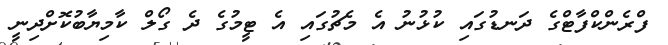
ފްރެންކްފާޓްގެ ދަނޑުގައި ކުޅުނު އެ މެޗުގައި އެ ޓީމުގެ ދެ ގޯލް ކާމިޔާބުކޮށްދިނީ